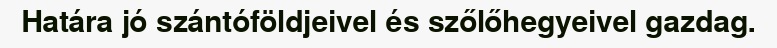
Határa jó szántóföldjeivel és szőlőhegyeivel gazdag.